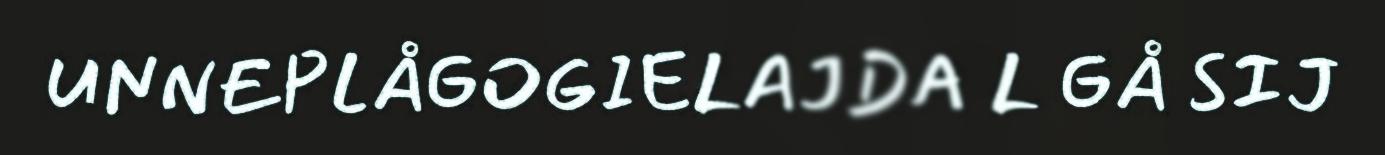
UNNEPLÅGOGIELAJDA L GÅ SIJ